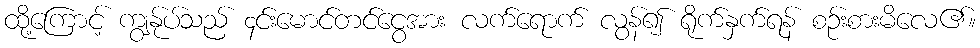
ထို့ကြောင့် ကျွန်ုပ်သည် ၄င်းမောင်တင်ငွေအား လက်ရောက် လွန်၍ ရိုက်နှက်ရန် စဉ်းစားမိလေ၏။